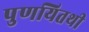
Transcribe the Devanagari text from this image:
पुणयितथी